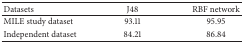
<table><thead><tr><td><b>Datasets</b></td><td><b>J48</b></td><td><b>RBF network</b></td></tr></thead><tbody><tr><td>MILE study dataset</td><td>93.11</td><td>95.95</td></tr><tr><td>Independent dataset</td><td>84.21</td><td>86.84</td></tr></tbody></table>